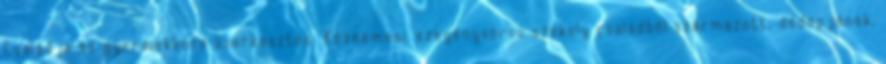
Családja és gyermekkora szerkesztés Köznemesi, szegénysorsú székely családból származott; dédapjának,